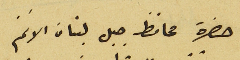
حضرة محافظ جبل لبنان الافخم